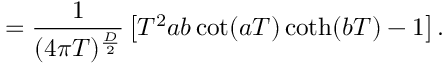
= \frac { 1 } { ( 4 \pi T ) ^ { \frac { D } { 2 } } } \left[ T ^ { 2 } a b \cot ( a T ) \coth ( b T ) - 1 \right] .